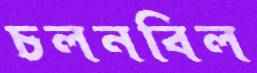
চলনবিল